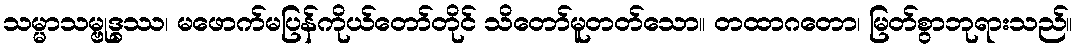
သမ္မာသမ္ဗုဒ္ဓဿ၊ မဖောက်မပြန်ကိုယ်တော်တိုင် သိတော်မူတတ်သော။ တထာဂတော၊ မြတ်စွာဘုရားသည်။